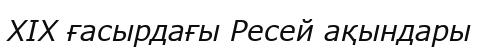
XIX ғасырдағы Ресей ақындары